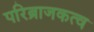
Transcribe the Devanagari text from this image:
परिब्राजकत्व